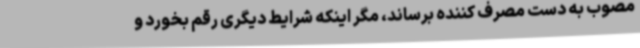
مصوب به دست مصرف کننده برساند، مگر اینکه شرایط دیگری رقم بخورد و